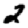
Digit: 2